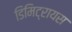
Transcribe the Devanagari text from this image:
डिमिट्रायस